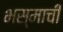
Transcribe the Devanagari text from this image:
भस्माची